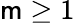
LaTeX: \mathsf{m}\geq 1